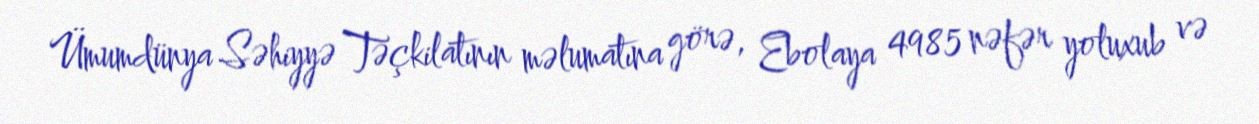
Ümumdünya Səhiyyə Təçkilatının məlumatına görə, Ebolaya 4985 nəfər yoluxub və